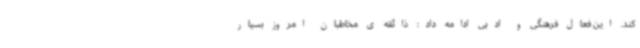
کند. این فعال فرهنگی و ادبی ادامه داد: ذائقه ی مخاطبان امروز بسیار